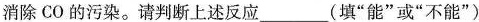
消除CO的污染。请判断上述反应___(填“能”或“不能”)